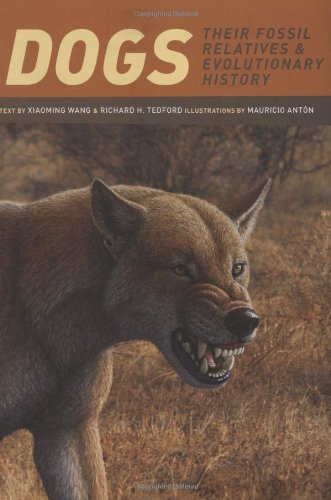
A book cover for Dogs: Their Fossil Relatives and Evolutionary History; Xiaoming Wang; Science & Math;